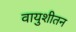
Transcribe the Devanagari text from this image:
वायुशीतन